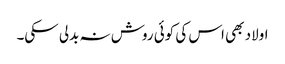
اولاد بھی اس کی کوئی روش نہ بدلی سکی۔